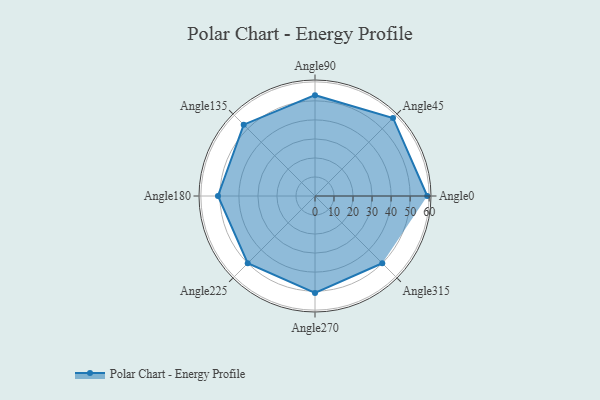
{"axis": {"x": "Angle", "y": "Radius"}, "legend": [""], "data": [{"x": "Angle0", "y": 59.0, "type": ""}, {"x": "Angle45", "y": 58.0, "type": ""}, {"x": "Angle90", "y": 53.0, "type": ""}, {"x": "Angle135", "y": 53.0, "type": ""}, {"x": "Angle180", "y": 51.0, "type": ""}, {"x": "Angle225", "y": 50, "type": ""}, {"x": "Angle270", "y": 51.0, "type": ""}, {"x": "Angle315", "y": 50, "type": ""}]}